Annual report on the Civil Veterinary Department, Burma (including the Insein Veterinary School) - 1923-1931
Year: 1923
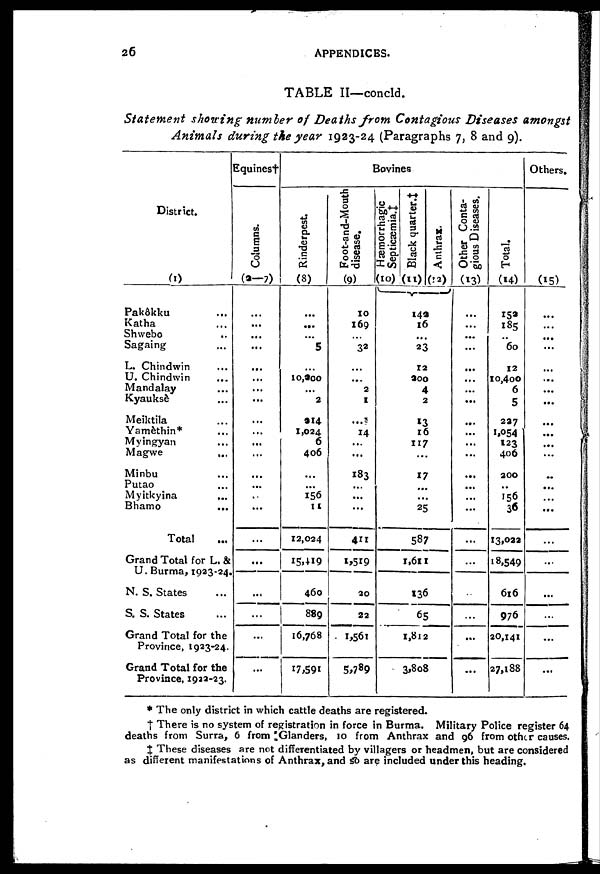
26
APPENDICES.
TABLE II—concld.
Statement showing number of Deaths from Contagious Diseases amongst
Animals during the year 1923-24 (Paragraphs 7, 8 and 9).
District.
(1)
Pakôkku ...
Katha ...
Shwebo ...
Sagaing ...
L. Chindwin ...
U. Chindwin
...
Mandalay ...
Kyauksè ...
Meiktila ...
Yamethin* ...
Myingyan ...
Magwe ...
Minbu ...
Putao ...
Myitkyina ...
Bhamo ...
Total ...
Grand Total for L. &
U. Burma, 1923-24.
N. S. States ...
S. S. States ...
Grand Total for the
Province, 1923-24.
Grand Total for the
Province, 1932-23.
Equines†
Columns.
(2-7)
...
...
...
...
...
...
...
...
...
...
...
...
...
...
..
...
...
...
...
...
...
...
Bovines
Rinderpest.
(8)
...
...
...
5
...
10,200
...
2
214
1,024
6
406
...
...
156
11
12,024
15,419
460
889
16,768
17,591
Foot-and-Mouth
disease.
(9)
10
169
...
32
...
...
2
1
...
14
...
...
183
...
...
...
411
1,519
20
22
1,861
5,789
Hæmorrhagic
Septicæmia.‡
(10)
Black quarter.‡
(11)
Anthrax.
(12)
142 16
...
23
12
200
4
2
13
16
117
...
17
...
...
25
587
1,611
136
65
1,812
3,808
Other Conta-
gious Diseases.
(13)
...
...
...
...
...
...
...
...
...
...
...
...
...
...
...
...
...
...
...
...
...
...
Total.
(14)
153
185
...
60
12
10,400
6
5
237
1,054
123
406
200
..
156
36
13,032
18,549
616
976
20,141
27,188
Others.
(15)
...
...
...
...
...
...
...
...
...
...
...
...
...
...
...
...
...
...
...
...
...
...
* The only district in which cattle deaths are registered.
† There is no system of registration in force in Burma. Military Police register 64
deaths from Surra, 6 from Glanders, 10 from Anthrax and 96 from other causes.
‡ These diseases are not differentiated by villagers or headmen, but are considered
as different manifestations of Anthrax, and so are included under this heading.